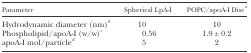
| Parameter | Spherical LpA-I | POPC/apoA-I Disca |
 | --- | --- | --- |
 | Hydrodynamic diameter (nm)b | 10 | 10 |
 | Phospholipid/apoA-I (w/w)c | 0.56 | 1.9 ± 0.2 |
 | apoA-I mol/particled | 5 | 2 |